Scientific memoirs by medical officers of the Army of India - Part VI,
Year: 1891
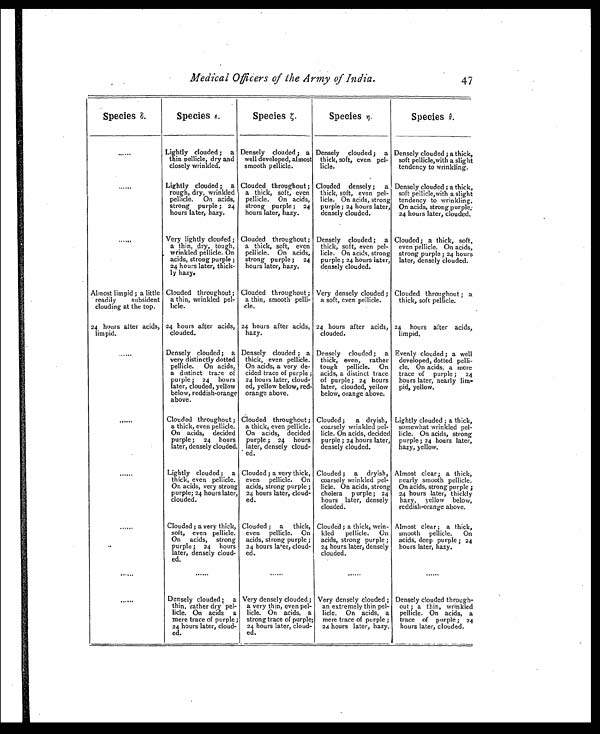
Medical Officers of the Army of India. 47
Species ε.
Species є.
Speciesζ.
Species η.
Species θ.
......
Lightly clouded ; a
thin pellicle, dry and
closely wrinkled.
Densely clouded ; a
well developed, almost
smooth pellicle.
Densely clouded ; a
thick, soft, even pel-
licle.
Densely clouded ; a thick,
soft pellicle,with a slight
tendency to wrinkling.
......
Lightly clouded ; a
rough, dry, wrinkled
pellicle. On acids,
strong purple ; 24
hours later, hazy.
Clouded throughout ;
a thick, soft, even
pellicle. On acids,
strong purple ; 24
hours later, hazy.
Clouded densely ; a
thick, soft, even pel-
licle. On acids, strong
purple ; 24 hours later,
densely clouded.
Densely clouded ; a thick,
soft pellicle,with a slight
tendency to wrinkling.
On acids, strong purple;
24 hours later, clouded.
.....
Very lightly clouded ;
a thin, dry, tough,
wrinkled pellicle. On
acids, strong purple ;
24 hours later, thick-
ly hazy.
Clouded throughout ;
a thick, soft, even
pellicle. On acids,
strong purple ; 24
hours later, hazy.
Densely clouded ; a
thick, soft, even pel-
licle. On acids, strong
purple ; 24 hours later,
densely clouded.
Clouded ; a thick, soft,
even pellicle. On acids,
strong purple ; 24 hours
later, densely clouded.
Almost limpid ; a little
readily subsident
clouding at the top.
Clouded throughout ;
a thin, wrinkled pel-
licle.
Clouded throughout ;
a thin, smooth pelli-
c l e .
Very densely clouded ;
a soft, even pellicle.
Clouded throughout ; a
thick, soft pellicle.
24 hours alter acids,
l i m p i d .
24 hours after acids,
clouded.
24 hours after acids,
hazy.
24 hours after acids,
clouded.
24 hours after acids,
limpid.
. . . . . .
Densely clouded; a
very distinctly dotted
pellicle. On acids,
a distinct trace of
purple ; 24 hours
later, clouded, yellow
below, reddish-orange
above.
Densely clouded ; a
thick, even pellicle.
On acids, a very de-
cided trace of purple ;
24 hours later, cloud-
ed, yellow below, red-
orange above.
Densely clouded ; a
thick, even, rather
tough pellicle. On
acids, a distinct trace
of purple; 24 hours
later, clouded, yellow
below, orange above.
Evenly clouded; ; a well
developed, dotted pelli-
de. On acids. a mere
trace of purple ; 24
hours later, nearly lim-
pid, yellow.
......
Clouded throughout ;
a thick, even pellicle.
On acids, decided
purple ; 24 hours
later, densely clouded.
Clouded throughout ;
a thick, even pellicle.
On acids, decided
purple ; 24 hours
later, densely cloud-
ed.
Clouded ; a dryish,
coarsely wrinkled pel-
licle. On acids, decided
purple ; 24 hours later,
densely clouded.
Lightly clouded ; a thick,
somewhat wrinkled pel-
licle. On acids, strong
purple ; 24 hours later,
hazy, yellow.
......
Lightly clouded; a
thick, even pellicle.
On acids, very strong
purple; 24 hours later,
clouded.
Clouded ; a very thick,
even pellicle. On
acids, strong purple ;
24 hours later, cloud-
ed.
Clouded ; a dryish,
coarsely wrinkled pel-
licle. On acids, strong
cholera purple; 24
hours later, densely
clouded.
Almost clear; a thick,
nearly smooth pellicle.
On acids, strong purple ;
24 hours later, thickly
hazy, yellow below,
reddish-orange above.
......
. .
Clouded ; a very thick,
soft, even pellicle.
On acids, strong
purple ; 24 hours
later, densely cloud-
ed.
Clouded ; a thick,
even pellicle. On
acids, strong purple ;
24 hours later, cloud-
ed.
Clouded ; a thick, wrin-
kled pellicle. On
acids, strong purple ;
24 hours later, densely
clouded.
Almost clear ; a thick,
smooth pellicle. On
acids, deep purple ; 24
hours later, hazy.
......
......
......
......
......
. . . . . .
Densely clouded ; a
thin, rather dry pel-
licle. On acids a
mere trace of purple ;
24 hours later, cloud-
ed.
Very densely clouded ;
a very thin, even pel-
licle. On acids, a
strong trace of purple;
24 hours later, cloud-
ed.
Very densely clouded ;
an extremely thin pel-
licle. On acids, a
mere trace of purple ;
24 hours later, hazy.
Densely clouded through-
out ; a thin, wrinkled
pellicle. On acids, a
trace of purple ; 24
hours later, clouded.